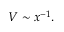
V \sim x ^ { - 1 } .